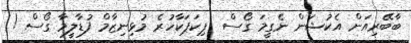
ބާބޭރިއަން އެކުޝަން ނެގީމަ ގޯސް  ޕިކަޕަކާހުރެ މުޅިނިޒާމް ފުޑާލީމާ ގޯސް !